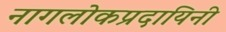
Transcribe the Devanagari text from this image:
नागलोकप्रदायिनी